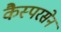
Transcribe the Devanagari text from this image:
कैस्परसेन